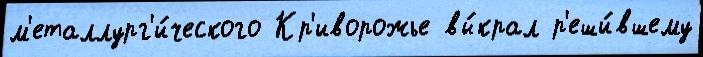
м'еталлург'и́ческого Кр'иворожье вы́крал р'еши́вшему